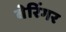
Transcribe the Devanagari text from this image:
बेरिंगर